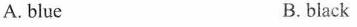
A. blue B.black